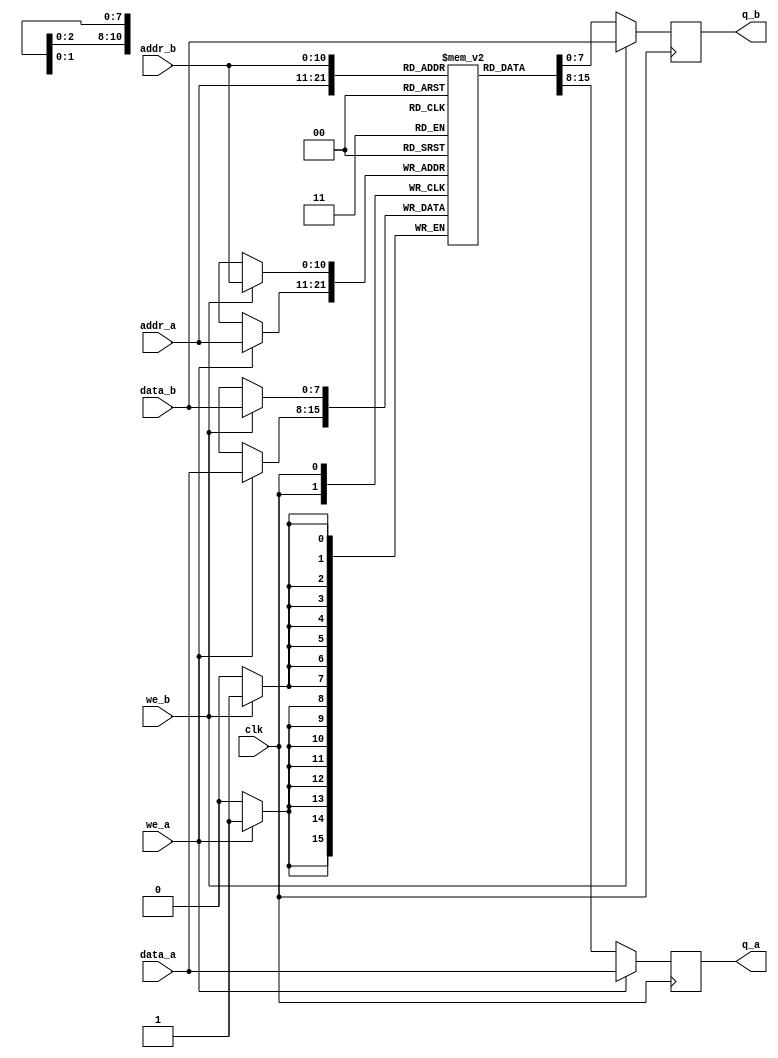
module rom2716_DP
(
	input [7:0] data_a, data_b,
	input [10:0] addr_a, addr_b,
	input we_a, we_b, clk,
	output reg [7:0] q_a, q_b
);

	// Declare the RAM variable
	reg [7:0] rom[2047:0];
	
	// Port A ROM READ
	always @ (posedge clk)
	begin
		if (we_a) //!
		begin
			rom[addr_a] <= data_a;
			q_a <= data_a;
		end
		else 
		begin
			q_a <= rom[addr_a];
		end 
	end 

	// Port B ROM PROGRAM
	always @ (posedge clk)
	begin
		if (we_b) //
		begin
			rom[addr_b] <= data_b;
			q_b <= data_b;
		end
		else 
		begin
			q_b <= rom[addr_b];
		end 
	end

endmodule

module prom7052_DP
(
	input [7:0] data_a, data_b,
	input [7:0] addr_a, addr_b,
	input we_a, we_b, clk,
	output reg [7:0] q_a, q_b
);

	// Declare the RAM variable
	reg [7:0] rom[255:0];
	
	// Port A ROM READ
	always @ (posedge clk)
	begin
		if (we_a) //!
		begin
			rom[addr_a] <= data_a;
			q_a <= data_a;
		end
		else 
		begin
			q_a <= rom[addr_a];
		end 
	end 

	// Port B ROM PROGRAM
	always @ (posedge clk)
	begin
		if (we_b) //
		begin
			rom[addr_b] <= data_b;
			q_b <= data_b;
		end
		else 
		begin
			q_b <= rom[addr_b];
		end 
	end

endmodule